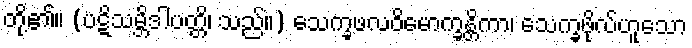
တို့၏။ (ပဋိသမ္ဘိဒါပတ္တိ၊ သည်။) သေက္ခဖလဝိမောက္ခန္တိကာ၊ သေက္ခဖိုလ်ဟူသော